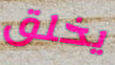
يخلق